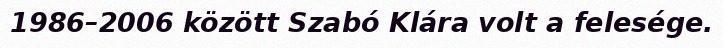
1986–2006 között Szabó Klára volt a felesége.